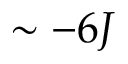
\sim - 6 J